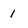
Character: 1